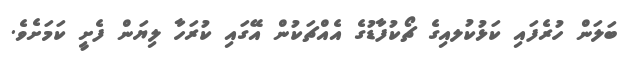
ބަލަން ހުރެފައި ކަޅުކުލއިގެ ޗޯކުފާޑުގެ އެއްޗަކުން އޭގައި ކުރަހާ ލިޔަން ފެށީ ކަމަށެވެ.